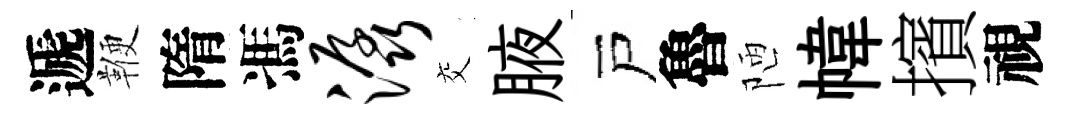
遞鞭隋馮潺交腋戸魯陋幃擯視